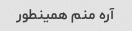
آره منم همینطور